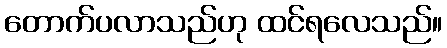
တောက်ပလာသည်ဟု ထင်ရလေသည်။